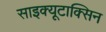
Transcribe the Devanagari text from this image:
साइक्यूटाक्सिन